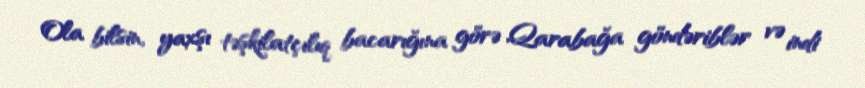
Ola bilsin, yaxşı təşkilatçılıq bacarığına görə Qarabağa göndəriblər və indi